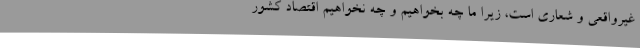
غیرواقعی و شعاری است، زیرا ما چه بخواهیم و چه نخواهیم اقتصاد کشور